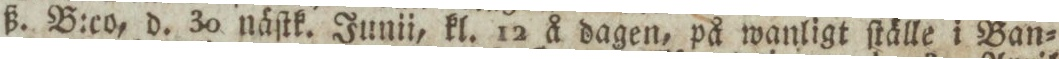
ß. B:co, d. 30 näſtk. Junii, kl. 12 å dagen, på wanligt ſtälle i Ban=